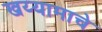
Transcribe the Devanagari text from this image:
खय्यामाचे